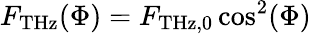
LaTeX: F_{\mathrm{THz}}(\Phi)=F_{\mathrm{THz,0}}\cos^{2}(\Phi)